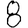
Digit: 8